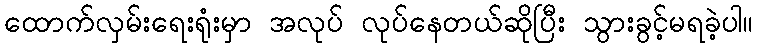
ထောက်လှမ်းရေးရုံးမှာ အလုပ် လုပ်နေတယ်ဆိုပြီး သွားခွင့်မရခဲ့ပါ။